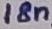
Text: 18n